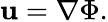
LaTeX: \mathbf{u}=\nabla\Phi.